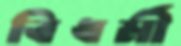
বিধর্মী